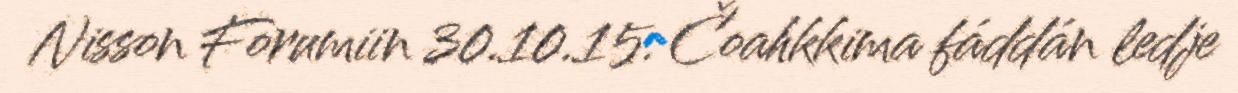
Nisson Forumiin 30.10.15. Čoahkkima fáddán ledje